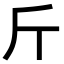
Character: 斤